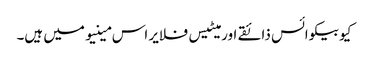
کیوبیکوائس ذائقے اور میٹیس فلایر اس مینیو میں ہیں۔